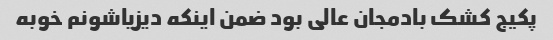
پکیج کشک بادمجان عالی بود ضمن اینکه دیزیاشونم خوبه